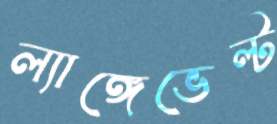
ল্যাঙ্গেভেল্ট